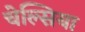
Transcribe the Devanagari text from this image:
चेल्‍सिया